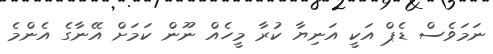
ނަމަވެސް ޑެޕް އަކީ އަނިޔާ ކުރާ މީހެއް ނޫން ކަމަށް އޭނާގެ އެންމެ